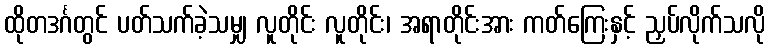
ထိုတဒင်္ဂတွင် ပတ်သက်ခဲ့သမျှ လူတိုင်း လူတိုင်း၊ အရာတိုင်းအား ကတ်ကြေးနှင့် ညှပ်လိုက်သလို